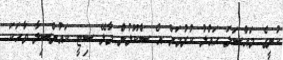
ކުނީގެ މައްސަލަ ހައްލު ކުރުމަށް އެ ސްކޫލުން މާލޭ ސިޓީ ކައުންސިލާ ވާހަކަ